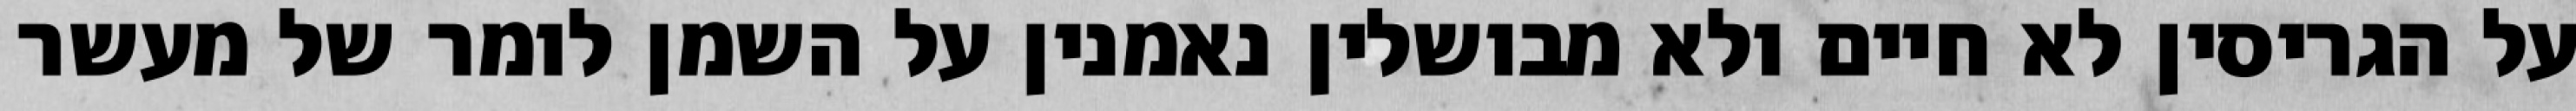
על הגריסין לא חיים ולא מבושלין נאמנין על השמן לומר של מעשר